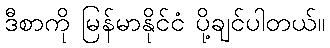
ဒီစာကို မြန်မာနိုင်ငံ ပို့ချင်ပါတယ်။